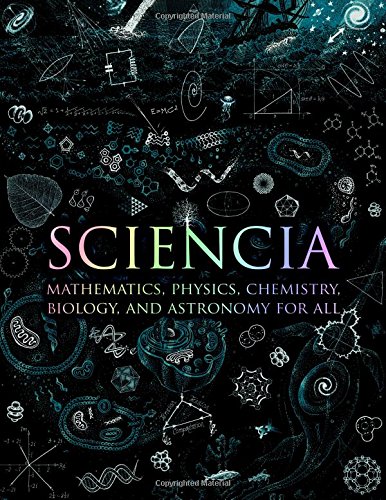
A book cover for Sciencia: Mathematics, Physics, Chemistry, Biology, and Astronomy for All (Wooden Books); Burkard Polster; Science & Math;